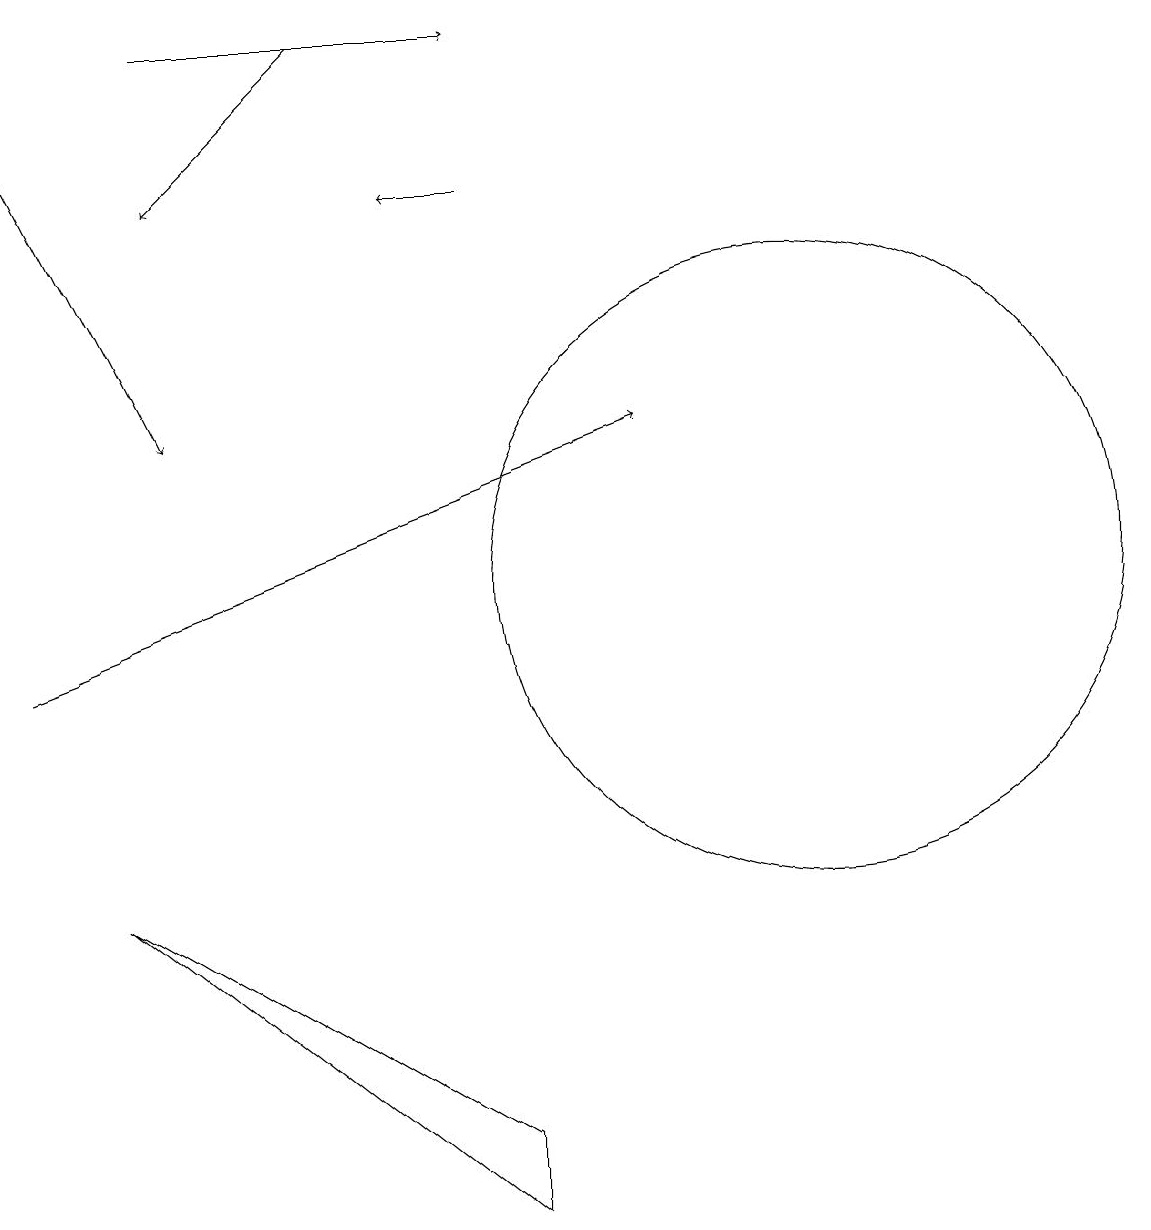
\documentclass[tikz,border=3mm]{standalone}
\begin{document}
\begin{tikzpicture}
\draw[->] (7,17) -- (6,17);
\draw (11,12) circle (4);
\draw[->] (5,19) -- (3,17);
\draw (2,8) -- (7,5) -- (7,4) -- cycle;
\draw[->] (1,18) -- (3,14);
\draw[->] (3,19) -- (7,19);
\draw[->] (1,11) -- (9,14);
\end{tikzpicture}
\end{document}